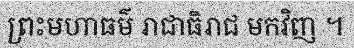
ព្រះមហាធម៌ រាជាធិរាជ មកវិញ ។